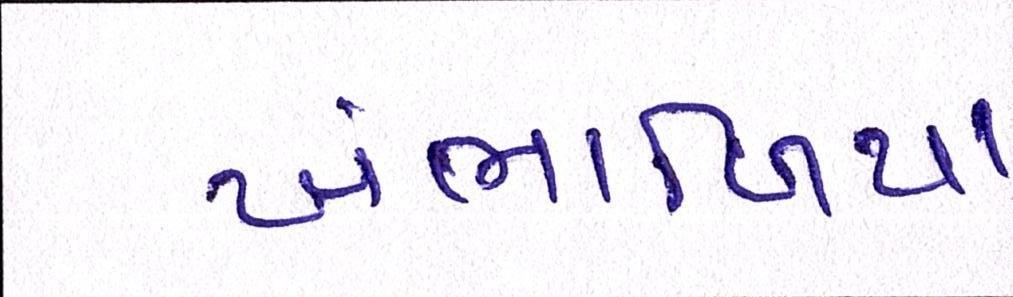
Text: ખંભાળિયા